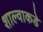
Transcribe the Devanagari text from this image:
शाल्वाकडे